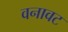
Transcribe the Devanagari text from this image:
वनावट